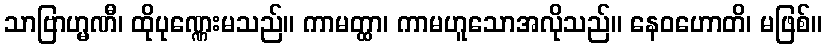
သာဗြာဟ္မဏီ၊ ထိုပုဏ္ဏေးမသည်။ ကာမတ္ထာ၊ ကာမဟူသောအလိုသည်။ နေဝဟောတိ၊ မဖြစ်။